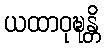
ယထာဝုဍ္ဎန္တိ